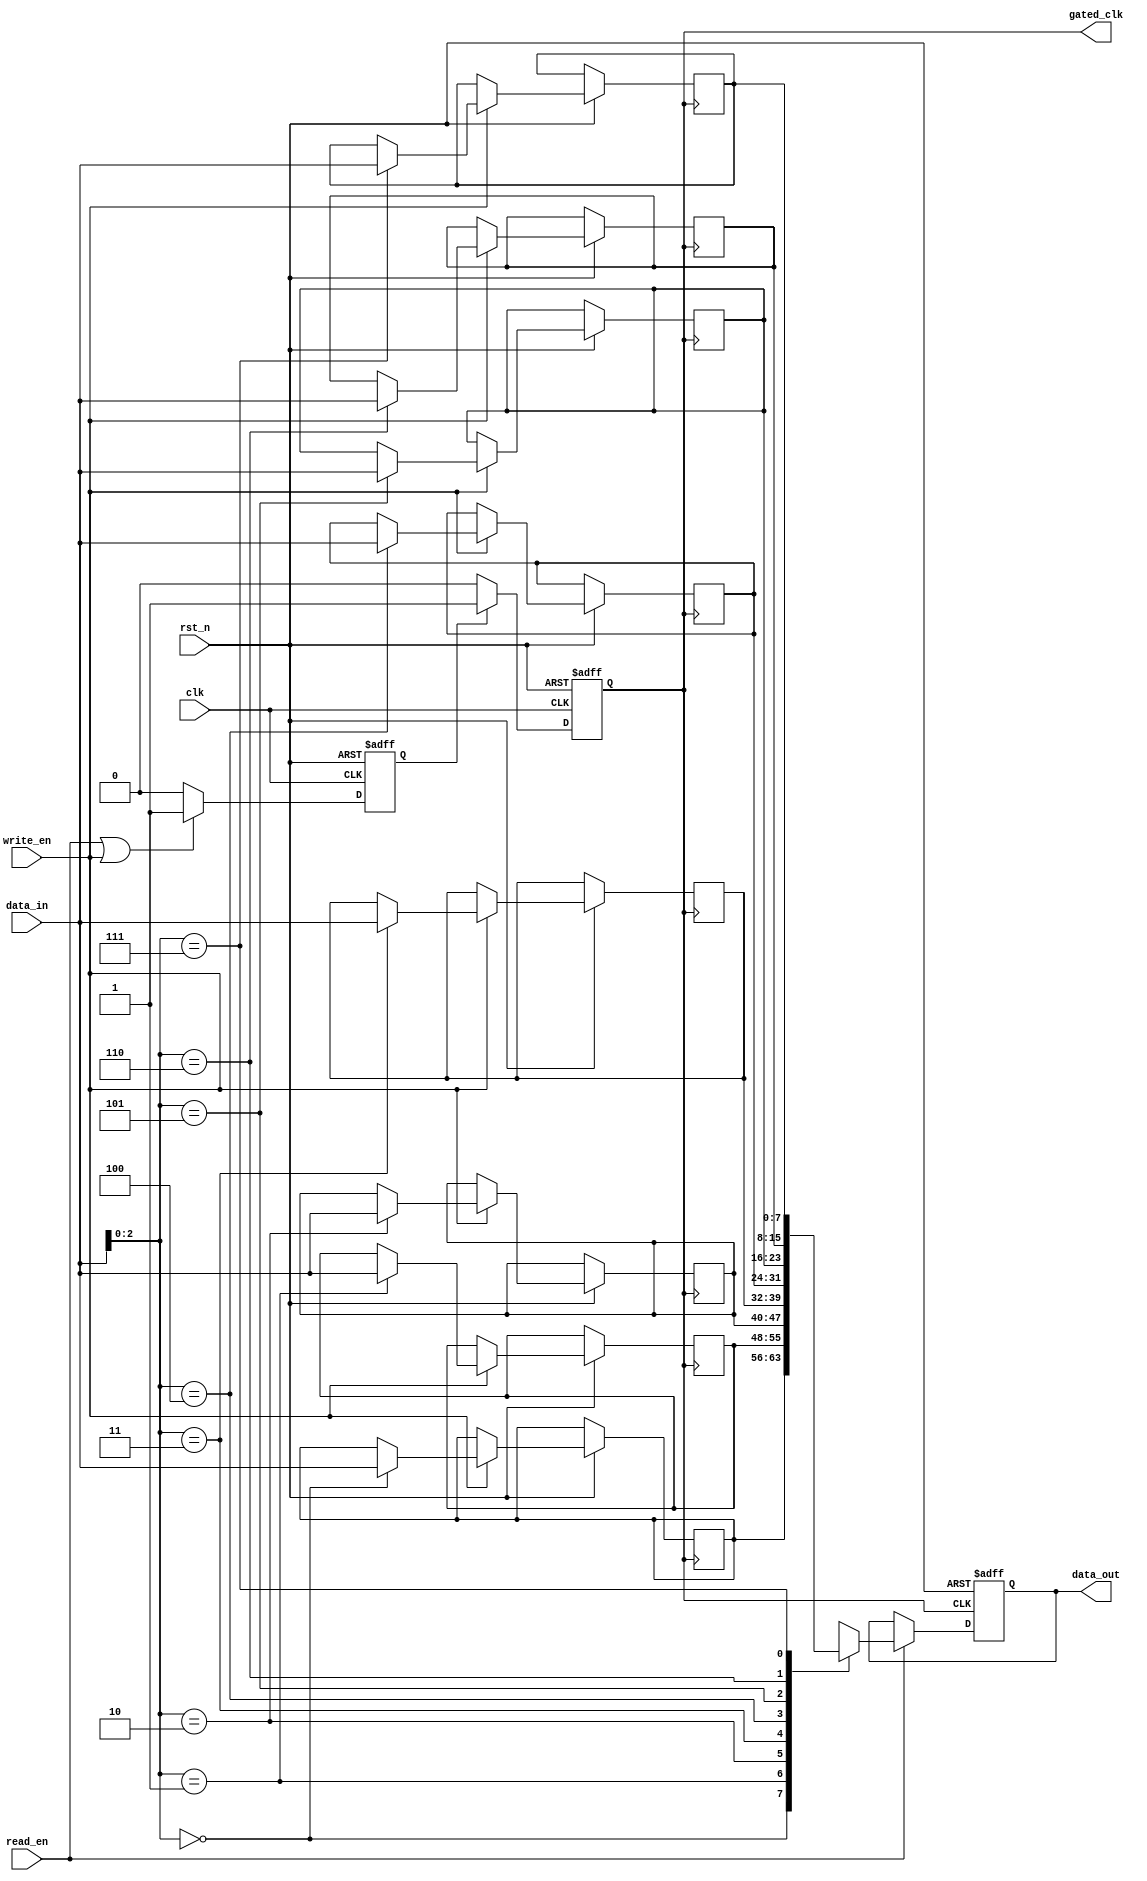
module memory_block (
    input wire clk,                 // Primary clock
    input wire rst_n,              // Active low reset
    input wire read_en,            // Read enable signal
    input wire write_en,           // Write enable signal
    input wire [7:0] data_in,      // Data input for write operations
    output reg [7:0] data_out,     // Data output for read operations
    output wire gated_clk          // Gated clock output
);

    // Memory array (8x8 SRAM)
    reg [7:0] mem [0:7];

    // Activity detection logic
    reg activity_signal;
    always @(posedge clk or negedge rst_n) begin
        if (!rst_n) begin
            activity_signal <= 1'b0;
        end else begin
            // Detect activity based on read or write enable signals
            if (read_en || write_en) begin
                activity_signal <= 1'b1;
            end else begin
                activity_signal <= 1'b0;
            end
        end
    end

    // Clock gating logic
    reg gated_clk_internal;
    assign gated_clk = gated_clk_internal;

    always @(posedge clk or negedge rst_n) begin
        if (!rst_n) begin
            gated_clk_internal <= 1'b0;
        end else begin
            // Enable gated clock based on activity signal
            if (activity_signal) begin
                gated_clk_internal <= 1'b1;
            end else begin
                gated_clk_internal <= 1'b0;
            end
        end
    end

    // Memory operation logic
    always @(posedge gated_clk or negedge rst_n) begin
        if (!rst_n) begin
            data_out <= 8'b0;
        end else begin
            if (write_en) begin
                // Write data to memory
                mem[data_in[2:0]] <= data_in; // Example: using lower 3 bits of data_in as address
            end
            if (read_en) begin
                // Read data from memory
                data_out <= mem[data_in[2:0]]; // Example: using lower 3 bits of data_in as address
            end
        end
    end

endmodule